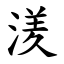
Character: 湵